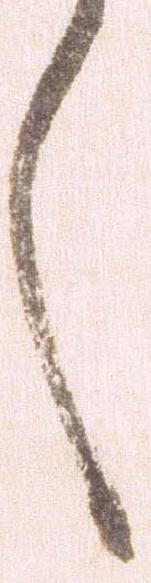
々